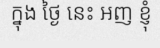
ក្នុង ថ្ងៃ នេះ អញ ខ្ញុំ